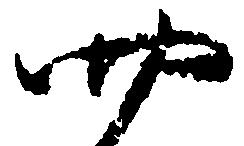
四